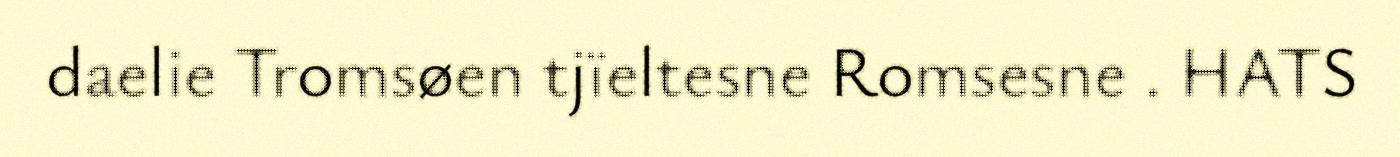
daelie Tromsøen tjïeltesne Romsesne . HATS